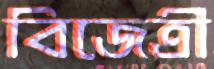
বিজেত্রী